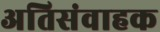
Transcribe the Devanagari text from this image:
अतिसंवाहक